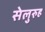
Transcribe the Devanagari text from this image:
सेलुरुह